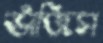
ভাঁজিস